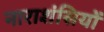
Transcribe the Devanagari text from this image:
नाराशंसियों